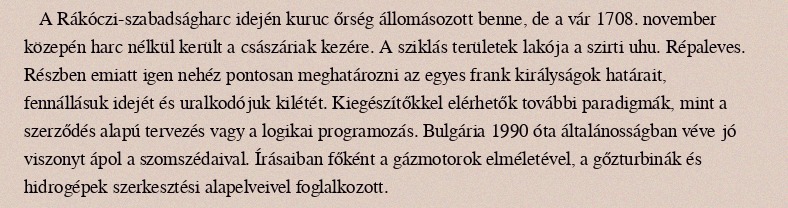
A Rákóczi-szabadságharc idején kuruc őrség állomásozott benne, de a vár 1708. november közepén harc nélkül került a császáriak kezére. A sziklás területek lakója a szirti uhu. Répaleves. Részben emiatt igen nehéz pontosan meghatározni az egyes frank királyságok határait, fennállásuk idejét és uralkodójuk kilétét. Kiegészítőkkel elérhetők további paradigmák, mint a szerződés alapú tervezés vagy a logikai programozás. Bulgária 1990 óta általánosságban véve jó viszonyt ápol a szomszédaival. Írásaiban főként a gázmotorok elméletével, a gőzturbinák és hidrogépek szerkesztési alapelveivel foglalkozott.